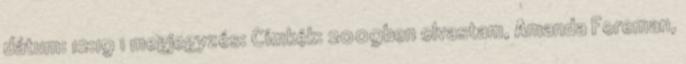
dátum: 12:19 1 megjegyzés: Címkék: 2009ben olvastam, Amanda Foreman,